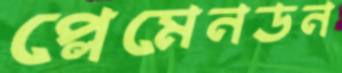
প্লেমেনডন